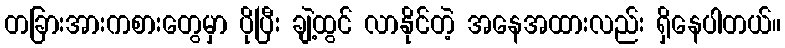
တခြားအားကစားတွေမှာ ပိုပြီး ချဲ့ထွင် လာနိုင်တဲ့ အနေအထားလည်း ရှိနေပါတယ်။